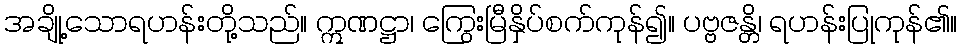
အချို့သောရဟန်းတို့သည်။ ဣဏဋ္ဌာ၊ ကြွေးမြီနှိပ်စက်ကုန်၍။ ပဗ္ဗဇန္တိ၊ ရဟန်းပြုကုန်၏။